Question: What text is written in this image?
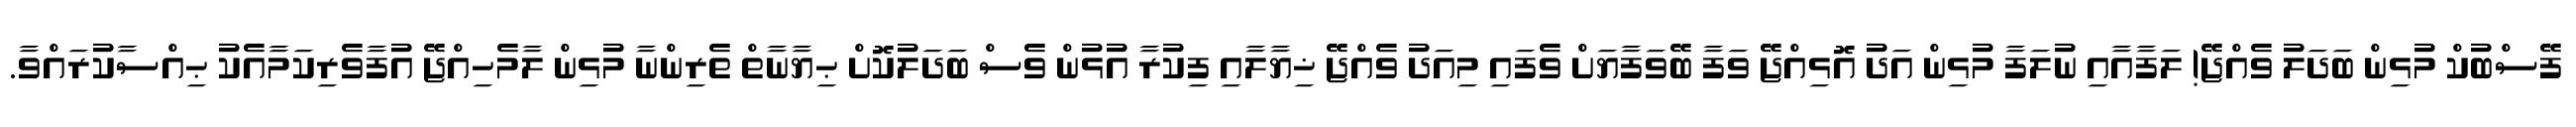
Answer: ފޭސްބުކް މުޅިން ބަދަލު ވެއްޖޭ! ލަފާއާއި ނުލަފާ މުޅިން އަދު އޮޅިއްޖޭ ވަފާ ބޭވަފާޔަށް ވެފައި މިއަދު ވެއްޖޭ ޚިޔާލާއި ފިކުރާ އުޅުން ވެސް ބަދަލުކޮށް ޙިޔާނާތް ތެރިންނާ މުޅިން ލާމެހިއްޖޭ އުފާވެރިކަމާއެކު ޙިއްސާކުރައްވާ.